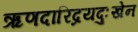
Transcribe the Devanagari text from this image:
ऋणदारिद्रयदुःखेन